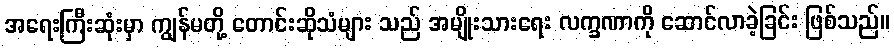
အရေးကြီးဆုံးမှာ ကျွန်မတို့ တောင်းဆိုသံများ သည် အမျိုးသားရေး လက္ခဏာကို ဆောင်လာခဲ့ခြင်း ဖြစ်သည်။